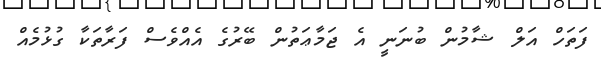
ފަތަހް އަލް ޝާމުން ބުނަނީ އެ ޖަމާޢަތުން ބޭރުގެ އެއްވެސް ފަރާތަކާ ގުޅުމެއް